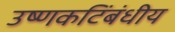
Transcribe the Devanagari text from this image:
उष्णकटिंबंधीय